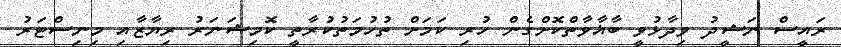
ރައީސް ނަޝީދު ވިދާޅުވީ ބާޣާވާތްކޮށްގެން ހުރި ކަމަށް ތުހުމަތުކުރާތީ ކޮމިޝަނަރު ރިޔާޒާއި މިނިސްޓަރު